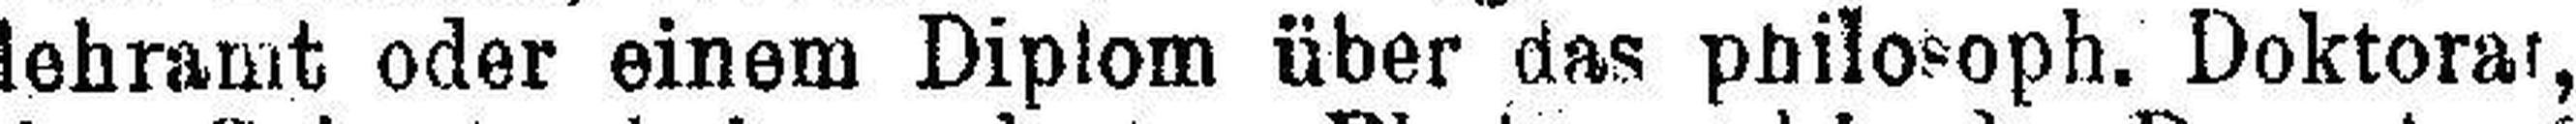
lehramt oder einem Diplom über das philosoph. Doktorat,